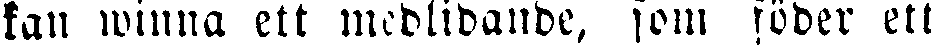
kan winna ett medlidande, som föder ett